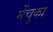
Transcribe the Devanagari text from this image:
मेंचुका